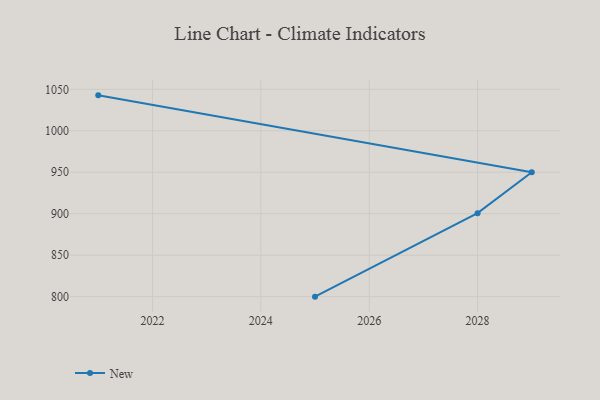
{"axis": {"x": "Year", "y": "Conversion Rate (%)"}, "legend": ["New"], "data": [{"x": "2021", "y": 1042.7, "type": "New"}, {"x": "2029", "y": 949.9, "type": "New"}, {"x": "2028", "y": 900.7, "type": "New"}, {"x": "2025", "y": 800, "type": "New"}]}